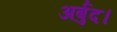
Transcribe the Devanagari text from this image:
अर्बुद।